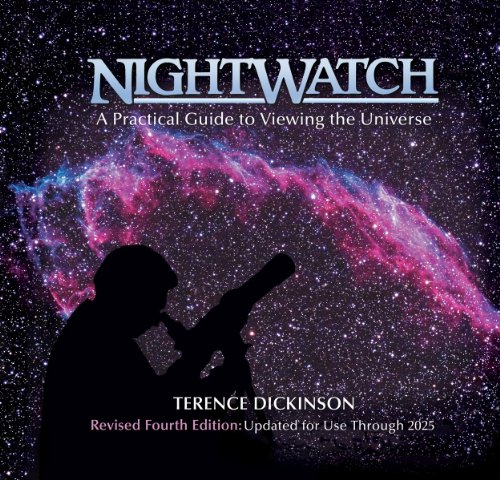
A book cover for NightWatch: A Practical Guide to Viewing the Universe; Terence Dickinson; Science & Math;